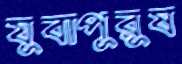
যুবাপুরুষ